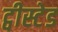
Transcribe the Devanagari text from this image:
ट्वीस्टेड